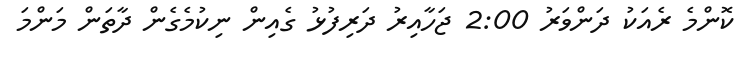
ކޮންމެ ރެއަކު ދަންވަރު 2:00 ޖަހާއިރު ދަރިފުޅު ގެއިން ނިކުމެގެން ދާތަން މަންމަ